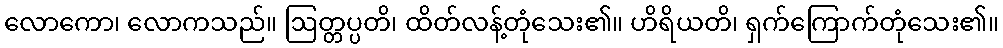
လောကော၊ လောကသည်။ ဩတ္တပ္ပတိ၊ ထိတ်လန့်တုံသေး၏။ ဟိရိယတိ၊ ရှက်ကြောက်တုံသေး၏။